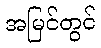
အမြင်တွင်